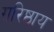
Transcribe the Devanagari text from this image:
गरिष्ठाय